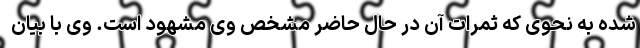
شده به نحوی که ثمرات آن در حال حاضر مشخص وی مشهود است. وی با بیان